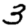
Digit: 3